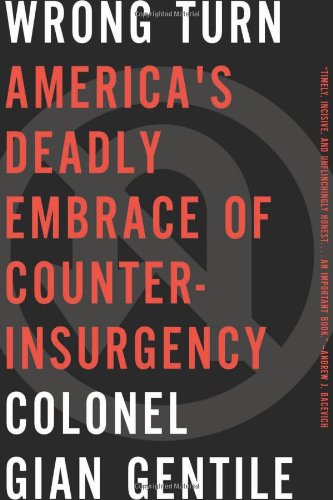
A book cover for Wrong Turn: AmericaEEs Deadly Embrace of Counterinsurgency; Colonel Gian Gentile; History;